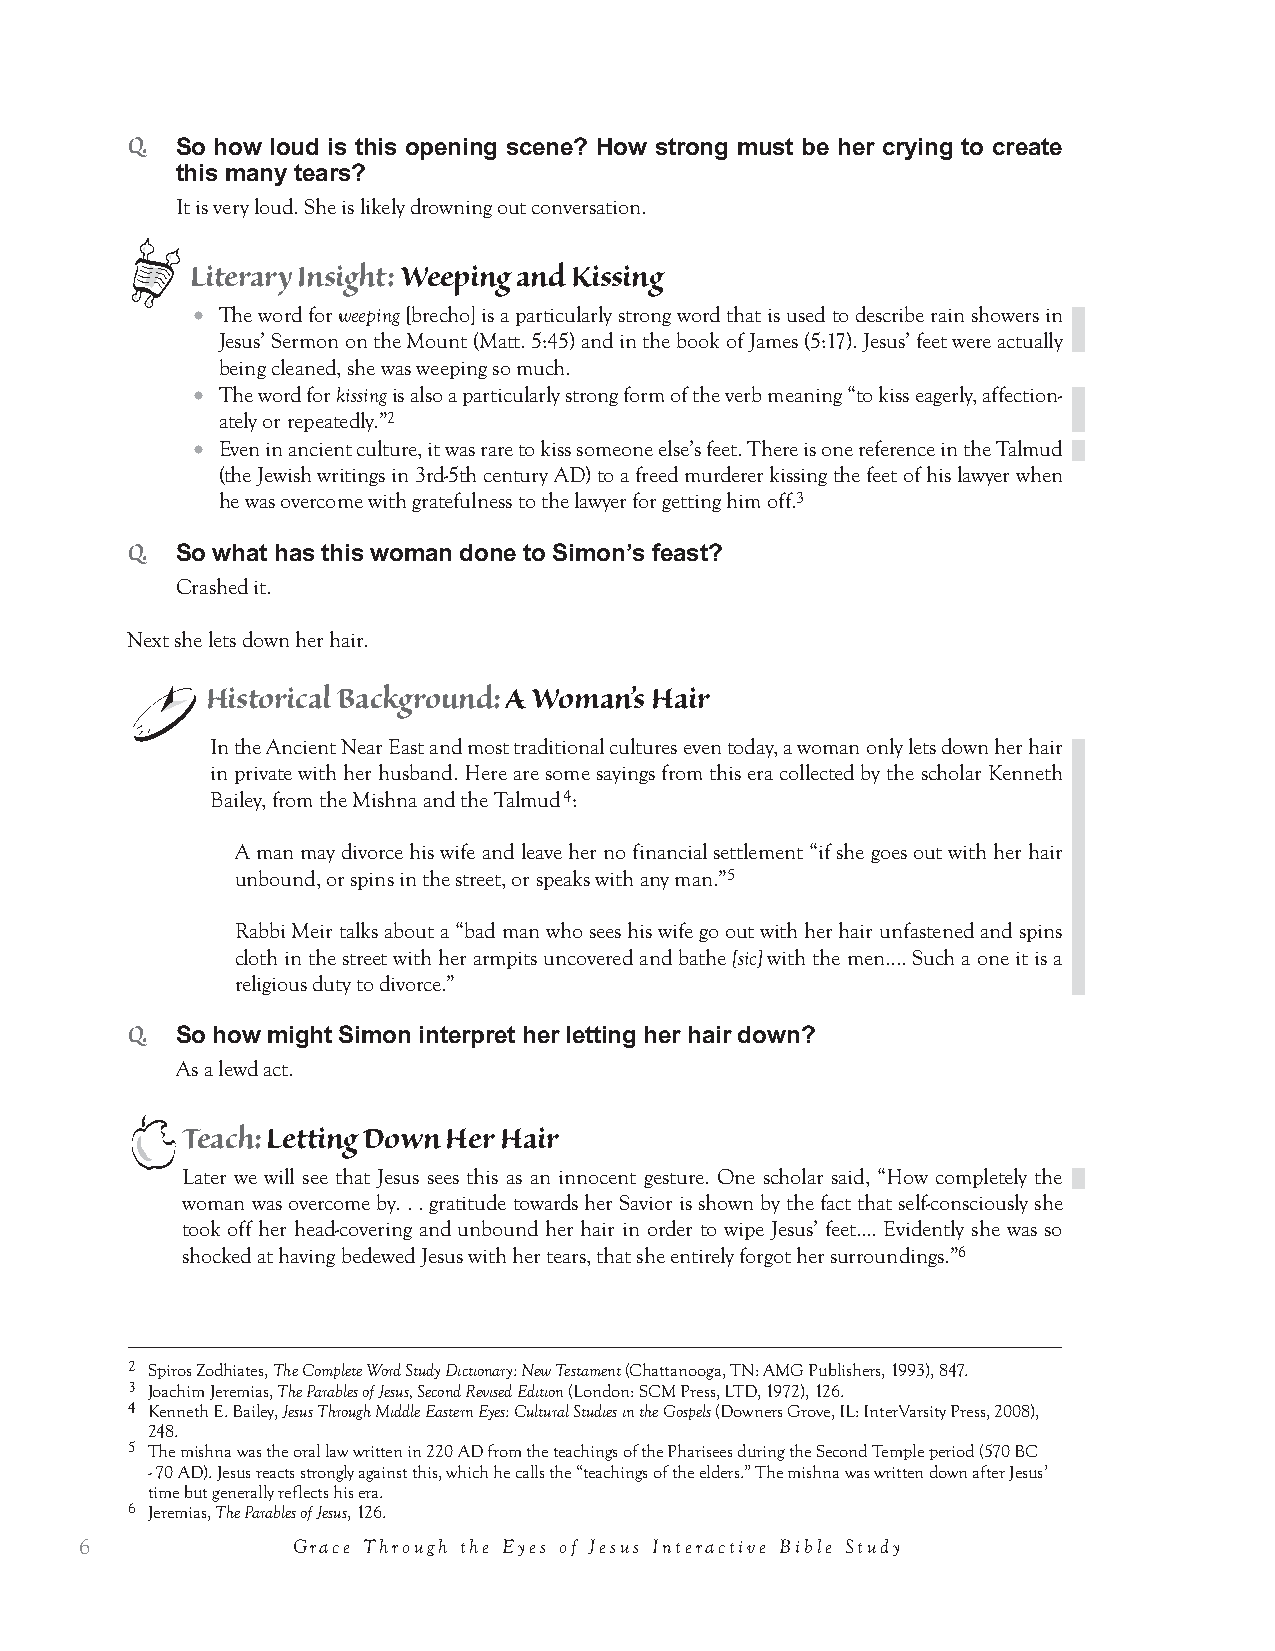
LL         11
 EESSSSOONN
 GGrraaccee   ffoorr aa BBrrookkeenn     WWoommaann
 Read Luke 7:36-50
 36 One of the Pharisees asked him to eat with him, and he went into the Pharisee’s house and reclined at the
 table. 37 And behold, a woman of the city, who was a sinner, when she learned that he was reclining at table
 in the Pharisee’s house, brought an alabaster flask of ointment, 38 and standing behind him at his feet, weep-
 ing, she began to wet his feet with her tears and wiped them with the hair of her head and kissed his feet and
 anointed them with the ointment. 39 Now when the Pharisee who had invited him saw this, he said to himself,
 “If this man were a prophet, he would have known who and what sort of woman this is who is touching him,
 for she is a sinner.”
 40 And Jesus answering said to him, “Simon, I have something to say to you.”And he answered, “Say it,
 Teacher.” 41 “A certain moneylender had two debtors. One owed five hundred denarii, and the other fifty.
 42 When they could not pay, he cancelled the debt of both. Now which of them will love him more?”43 Simon
 answered, “The one, I suppose, for whom he cancelled the larger debt.” And he said to him, “You have judged
 rightly.”
 44 Then turning toward the woman he said to Simon, “Do you see this woman? I entered your house; you
 gave me no water for my feet, but she has wet my feet with her tears and wiped them with her hair. 45 You gave
 me no kiss, but from the time I came in she has not ceased to kiss my feet. 46 You did not anoint my head
 with oil, but she has anointed my feet with ointment. 47 Therefore I tell you, her sins, which are many, are
 forgiven—for she loved much. But he who is forgiven little, loves little.” 48 And he said to her, “Your sins are
 forgiven.” 49 Then those who were at table with him began to say among themselves, “Who is this, who even
 forgives sins?” 50 And he said to the woman, “Your faith has saved you; go in peace.”
 1. The Woman’s   Past                                  10 mins
 We’re going to focus on the opening scene when the sinful woman makes her entrance. Read all three lessons
 before teaching this lesson so you have a feel for the whole scene.
 Historical Background: “A Sinner”
 The woman’s description as “sinner” likely means she is a prostitute or she has committed adultery
 in the village.
 Lesson 1: Grace for a Broken Woman
 3